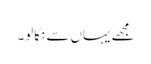
مجھے یہاں سے نکالو۔